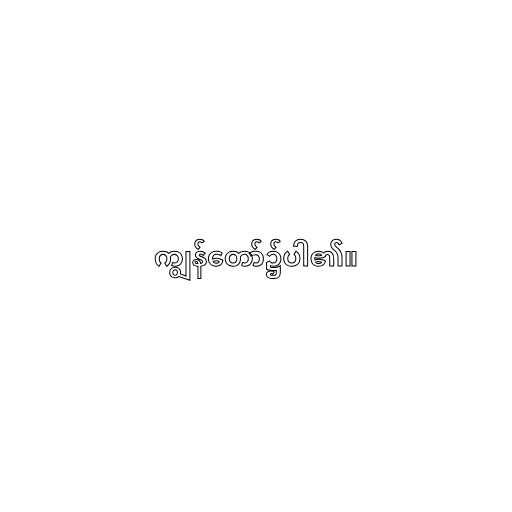
ကျွန်တော်၌ပါ၏။